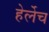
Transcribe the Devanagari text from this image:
हेर्लेच